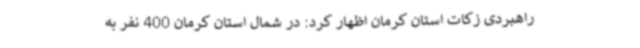
راهبردی زکات استان کرمان اظهار کرد: در شمال استان کرمان 400 نفر به